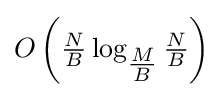
O\left({\tfrac {N}{B}}\log _{\tfrac {M}{B}}{\tfrac {N}{B}}\right)